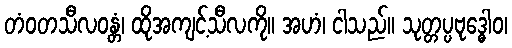
တံဝတသီလဝန္တံ၊ ထိုအကျင့်သီလကို။ အဟံ၊ ငါသည်။ သုတ္တပ္ပဗုဒ္ဓေါဝ၊